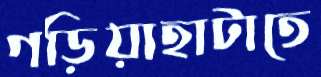
গড়িয়াহাটাতে